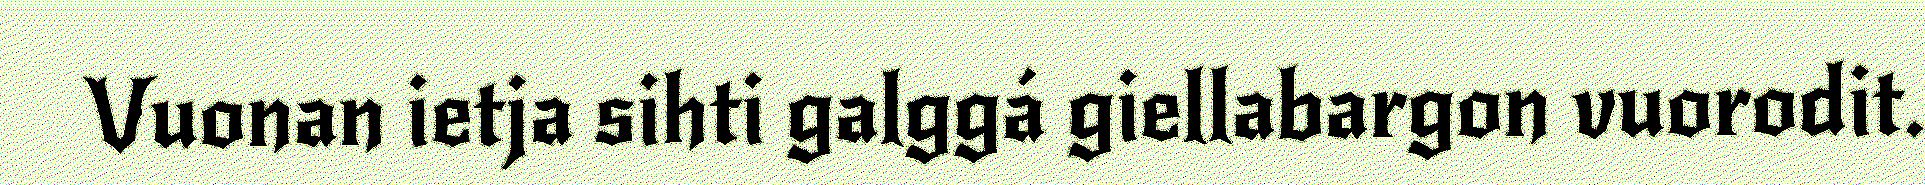
Vuonan ietja sihti galggá giellabargon vuorodit.